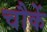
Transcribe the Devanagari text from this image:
चौकें